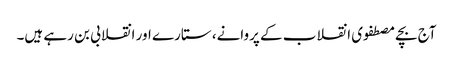
آج بچے مصطفوی انقلاب کے پروانے، ستارے اور انقلابی بن رہے ہیں۔